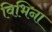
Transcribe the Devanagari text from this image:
विभिना